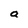
Character: a